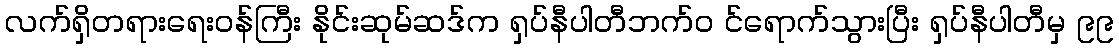
လက်ရှိတရားရေးဝန်ကြီး နိုင်းဆုမ်ဆဒ်က ရှပ်နီပါတီဘက်ဝ င်ရောက်သွားပြီး ရှပ်နီပါတီမှ ၉၉